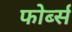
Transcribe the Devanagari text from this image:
फोर्ब्‍स